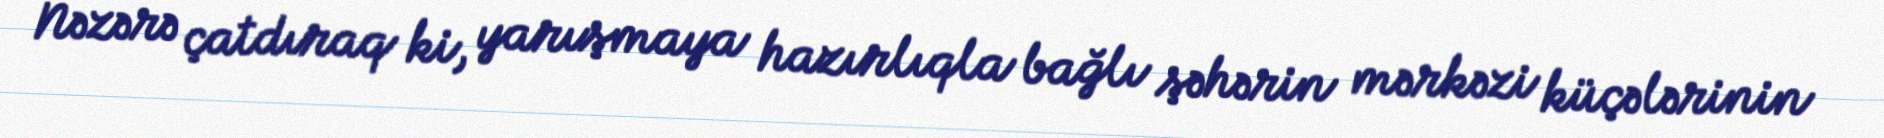
Nəzərə çatdıraq ki, yarışmaya hazırlıqla bağlı şəhərin mərkəzi küçələrinin